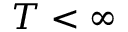
T < \infty